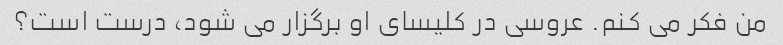
من فکر می کنم. عروسی در کلیسای او برگزار می شود، درست است؟